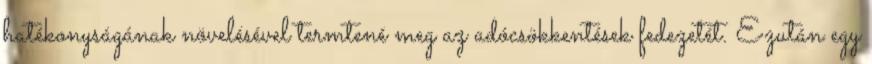
hatékonyságának növelésével termtené meg az adócsökkentések fedezetét. Ezután egy